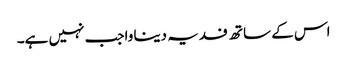
اس کے ساتھ فدیہ دینا واجب نہیں ہے۔